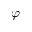
\varphi